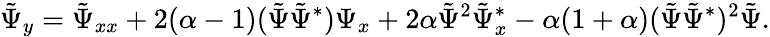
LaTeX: \tilde{\Psi}_{y}=\tilde{\Psi}_{xx}+2(\alpha-1)(\tilde{\Psi}\tilde{\Psi}^{*})\Psi_{x}+2\alpha\tilde{\Psi}^{2}\tilde{\Psi}_{x}^{*}-\alpha(1+\alpha)(\tilde{\Psi}\tilde{\Psi}^{*})^{2}\tilde{\Psi}.